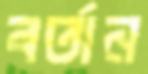
বর্তান